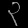
Digit: ၃